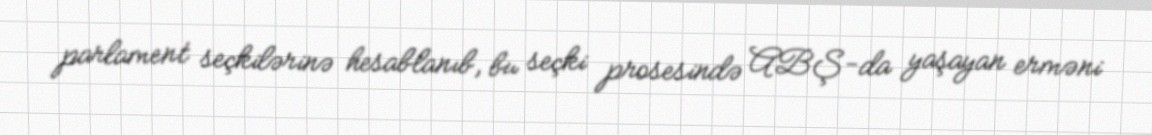
parlament seçkilərinə hesablanıb, bu seçki prosesində ABŞ-da yaşayan erməni